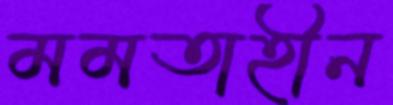
মমতাহীন